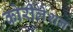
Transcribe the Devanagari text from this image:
कोरीलेशन